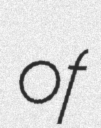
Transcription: of